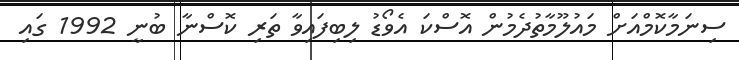
ސިނަމާކޮމްއަށް މައުލޫމާތުދެމުން އޮސްކަ އެވޯޑު ލިބިފައިވާ ތަރި ކޮސްނާ ބުނީ 1992 ގައި